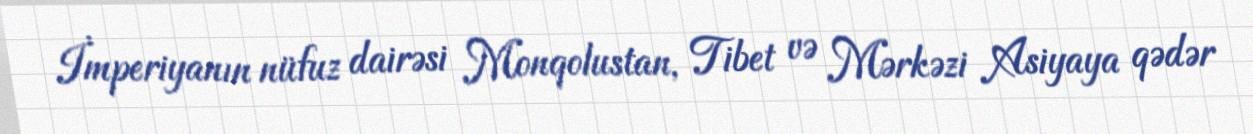
İmperiyanın nüfuz dairəsi Monqolustan, Tibet və Mərkəzi Asiyaya qədər